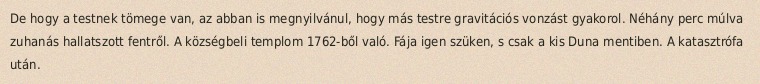
De hogy a testnek tömege van, az abban is megnyilvánul, hogy más testre gravitációs vonzást gyakorol. Néhány perc múlva zuhanás hallatszott fentről. A községbeli templom 1762-ből való. Fája igen szüken, s csak a kis Duna mentiben. A katasztrófa után.